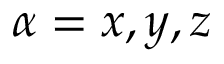
\alpha = { x , y , z }